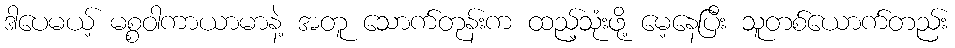
ဒါပေမယ့် မစ္စဝါကာယာမာနဲ့ အတူ သောက်တုန်းက ထည့်သုံးဖို့ မေ့နေပြီး သူတစ်ယောက်တည်း